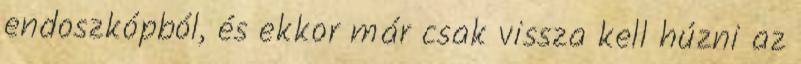
endoszkópból, és ekkor már csak vissza kell húzni az